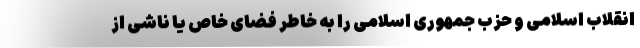
انقلاب اسلامی و حزب جمهوری اسلامی را به خاطر فضای خاص یا ناشی از